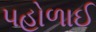
પહોળાઈ